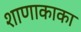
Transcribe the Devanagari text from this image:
शाणाकाका